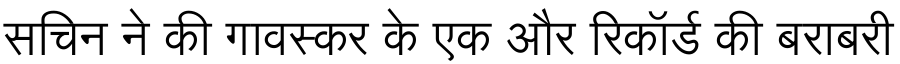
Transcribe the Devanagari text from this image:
सचिन ने की गावस्कर के एक और रिकॉर्ड की बराबरी